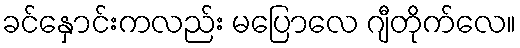
ခင်နှောင်းကလည်း မပြောလေ ဂျီတိုက်လေ။